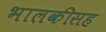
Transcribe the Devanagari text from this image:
भालकीसह